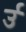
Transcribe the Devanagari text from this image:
र्उ